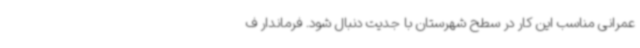
عمرانی مناسب این کار در سطح شهرستان با جدیت دنبال شود. فرماندار ف